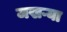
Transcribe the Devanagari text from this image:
जखऱ्या